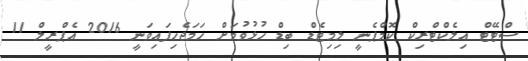
ސްޓޭޓް އިލެކްޓްރިކް ކޮމްޕެނީ ލިމިޓެޑް ބިޑް ހުޅުވުމަށް ހަމަޖެހިފައިވަނީ 2016 އެޕްރީލް 11